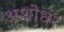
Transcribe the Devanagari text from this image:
अशोधर